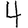
Digit: 4